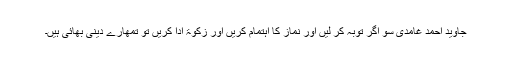
جاوید احمد غامدی سو اگر توبہ کر لیں اور نماز کا اہتمام کریں اور زکوٰۃ ادا کریں تو تمھارے دینی بھائی ہیں۔